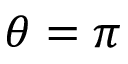
\theta = \pi